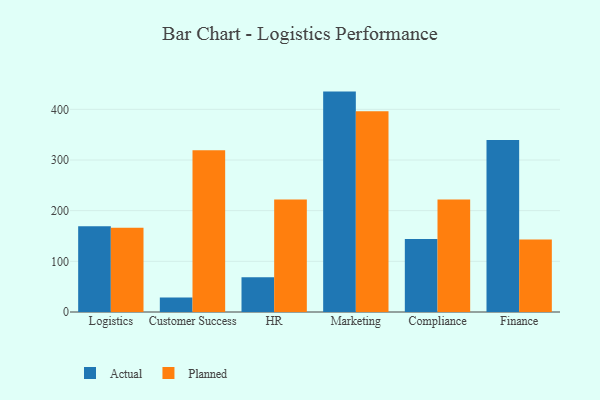
{"axis": {"x": "Department", "y": "Production Output"}, "legend": ["Actual", "Planned"], "data": [{"x": "Logistics", "y": 169.2, "type": "Actual"}, {"x": "Logistics", "y": 166.3, "type": "Planned"}, {"x": "Customer Success", "y": 28.8, "type": "Actual"}, {"x": "Customer Success", "y": 319.2, "type": "Planned"}, {"x": "HR", "y": 68.4, "type": "Actual"}, {"x": "HR", "y": 221.8, "type": "Planned"}, {"x": "Marketing", "y": 435.0, "type": "Actual"}, {"x": "Marketing", "y": 396.3, "type": "Planned"}, {"x": "Compliance", "y": 144.1, "type": "Actual"}, {"x": "Compliance", "y": 221.8, "type": "Planned"}, {"x": "Finance", "y": 339.5, "type": "Actual"}, {"x": "Finance", "y": 143.2, "type": "Planned"}]}